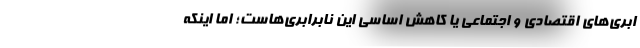
ابری‌های اقتصادی و اجتماعی یا کاهش اساسی این نابرابری‌هاست؛ اما اینکه